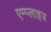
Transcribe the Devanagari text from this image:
एम्प्लाइज